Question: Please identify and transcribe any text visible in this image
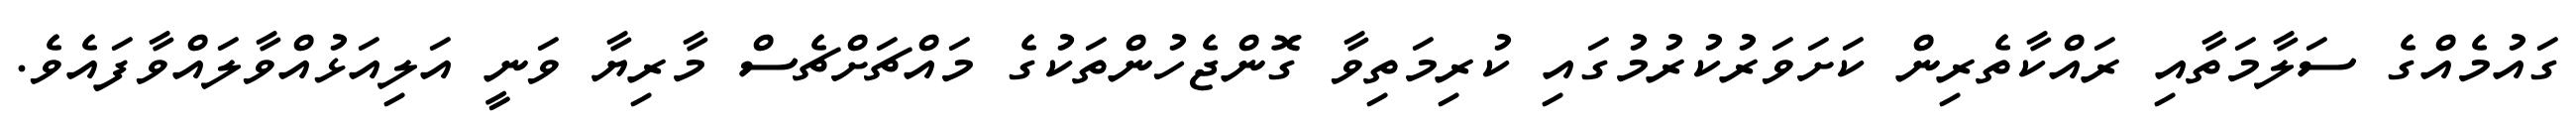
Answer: ގައުމެއްގެ ސަލާމަތާއި ރައްކާތެރިން ކަށަވަރުކުރުމުގައި ކުރިމަތިވާ ގޮންޖެހުންތަކުގެ މައްޗަށްޗެސް މާރިޔާ ވަނީ އަލިއަޅުއްވާލައްވާފައެވެ.